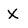
Character: X